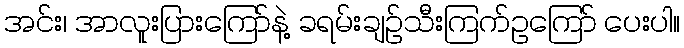
အင်း၊ အာလူးပြားကြော်နဲ့ ခရမ်းချဉ်သီးကြက်ဥကြော် ပေးပါ။